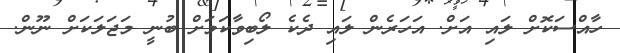
ހާއްސަކޮށް ލައި އަށް. އަހަރެން ލައި ދެކެ ލޯބިވާކަމަށް ބުނީ މަޖަލަކަށް ނޫން.